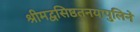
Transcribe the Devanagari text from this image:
श्रीमद्वसिष्ठतनयापुलिने